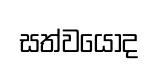
සත්වයෝද